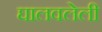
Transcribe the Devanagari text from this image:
घालवलेली